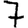
Digit: 7